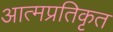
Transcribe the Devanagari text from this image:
आत्मप्रतिकृत